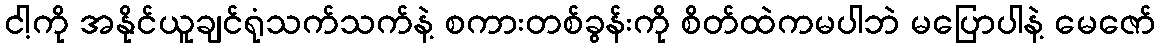
ငါ့ကို အနိုင်ယူချင်ရုံသက်သက်နဲ့ စကားတစ်ခွန်းကို စိတ်ထဲကမပါဘဲ မပြောပါနဲ့ မေဇော်